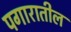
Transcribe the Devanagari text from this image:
पगारातील